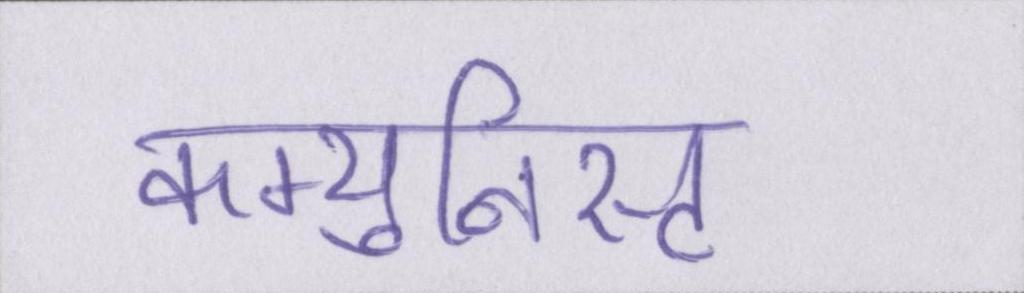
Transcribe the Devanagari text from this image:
कम्युनिस्ट